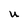
Character: U